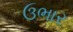
ઉભાર